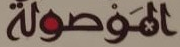
الموصولة